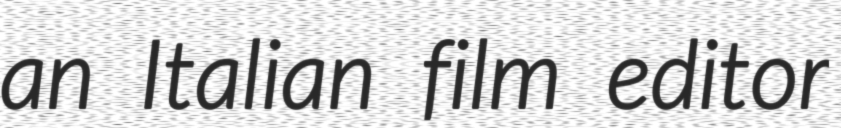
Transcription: an Italian film editor